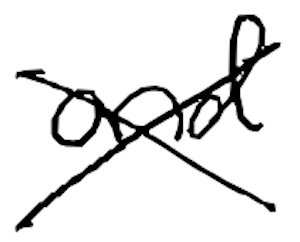
Text: and
Cross-out: cross
Writing tool: digital_black